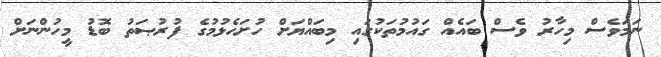
ނަމަވެސް މިހާރު ވެސް ބައެއް ގައުމުތަކުގައި މިބައްޔަށް ހުށަހެޅުމުގެ ފުރުޞަތު ބޮޑު މީހުންނަށް